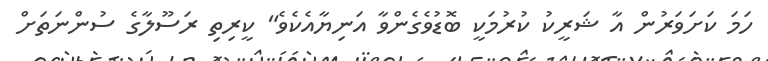
ހަމަ ކަށަވަރުން އާ ޝަރީކު ކުރުމަކީ ބޮޑުވެގެންވާ އަނިޔާއެކެވެ" ކީރިތި ރަސޫލާގެ ސުންނަތަށް